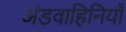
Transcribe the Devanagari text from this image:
अंडवाहिनियाँ